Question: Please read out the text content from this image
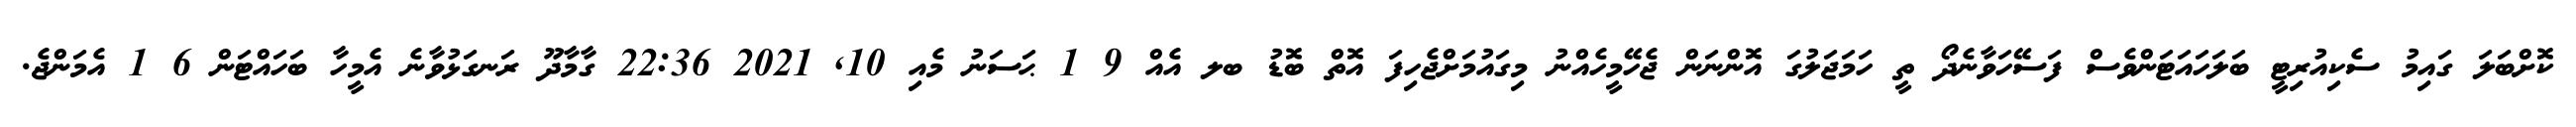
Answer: ކޮށްބަލަ ގައިމު ސެކިއުރިޓީ ބަލަހައަޓަންވެސް ފަސޭހަވާނެދޯ ތީ ހަމަޖަލުގަ އޮންނަން ޖެހޭމީހެއްނު މިގައުމަށްޖެހިފަ އޮތް ބޮޑު ބލ އެއް 9 1 ޙަސަނު މެއި 10, 2021 22:36 ގާމާދޫ ރަނގަޅުވާނެ އެމީހާ ބަހައްޓަން 6 1 އެމަންޖެ.